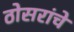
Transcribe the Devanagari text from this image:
ठोसरांचे